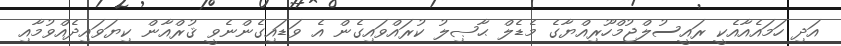
އަދި ހަމައެއާއެކީ ރައީސުލްޖުމްހޫރިއްޔާގެ މެޑެލް ޙާޞިލު ކުރައްވައިގެން އެ ވަޑައިގެންނެވީ ޤުރްއާން ކިޔަވައިދެއްވުމާއި